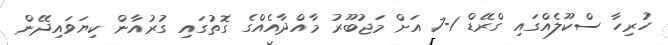
ހުރިހާ ސްކޫލެއްގައި ގްރޭޑް 1-7 އަށް މަޖުބޫރު މާއްދާއެއްގެ ގޮތުގައި ގުރުއާން ކިޔަވައިދޭން